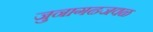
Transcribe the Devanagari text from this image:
जुनागढजवळ